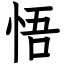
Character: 悟